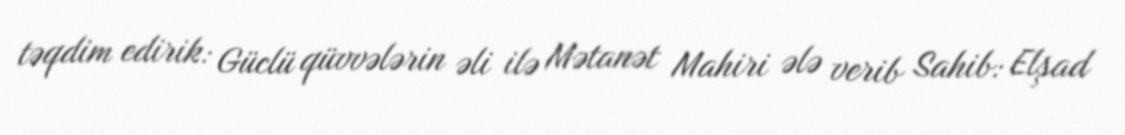
təqdim edirik: Güclü qüvvələrin əli ilə Mətanət Mahiri ələ verib Sahib: Elşad